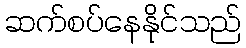
ဆက်စပ်နေနိုင်သည်